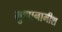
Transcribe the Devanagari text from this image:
गुणानामीश